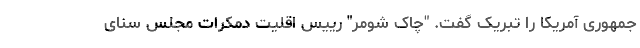
جمهوری آمریکا را تبریک گفت. "چاک شومر" رییس اقلیت دمکرات مجلس سنای